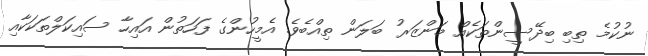
ނުކުމެ ތިބި ބިދޭސީންތަކެއް މަންޒަރު ބަލަން ތިއްބެވެ. އެމީހުންގެ ފަހަތުން އައިހާ ސައިކަލްތަކަކާއި